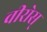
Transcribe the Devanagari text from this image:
वीरोस्